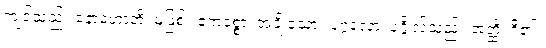
ကျင့်သည်။ နောဟောတိ၊ မဖြစ်။ ဧကစ္စော၊ အချို့သော။ ပုဂ္ဂလော၊ ပုဂ္ဂိုလ်သည်။ အတ္ထိ၊ ရှိ၏။